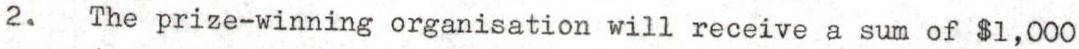
2. The prize-winning organisation will receive a sum of $1,000